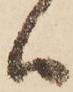
ハ